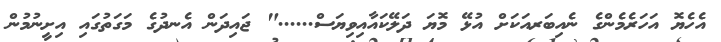
އެހެޔޮ އަހަރެމެންގެ ނެއިބަރއަކަށް އުޅޭ މޮޔަ ދަލޭކައާއިވިޔަސް......" ޖައިދަން އެނދުގެ މަގަތުގައި އިށީނުމުން